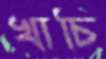
খাচি